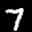
Label: 7